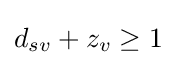
d_{sv}+z_{v}\geq 1